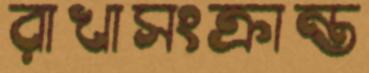
রাখাসংক্রান্ত